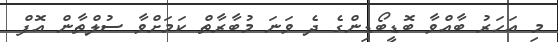
މި އަހަރު ބާއްވާ ބޮޑީބޯޑިންގެ ދެ ވަނަ މުބާރާތް ކަމަށްވާ ސުލްތާން އޮފް